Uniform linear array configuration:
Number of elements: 4
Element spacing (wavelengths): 0.5
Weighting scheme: cosine
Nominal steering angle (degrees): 45
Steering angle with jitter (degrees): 43.967
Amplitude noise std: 0.05
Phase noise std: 0.05

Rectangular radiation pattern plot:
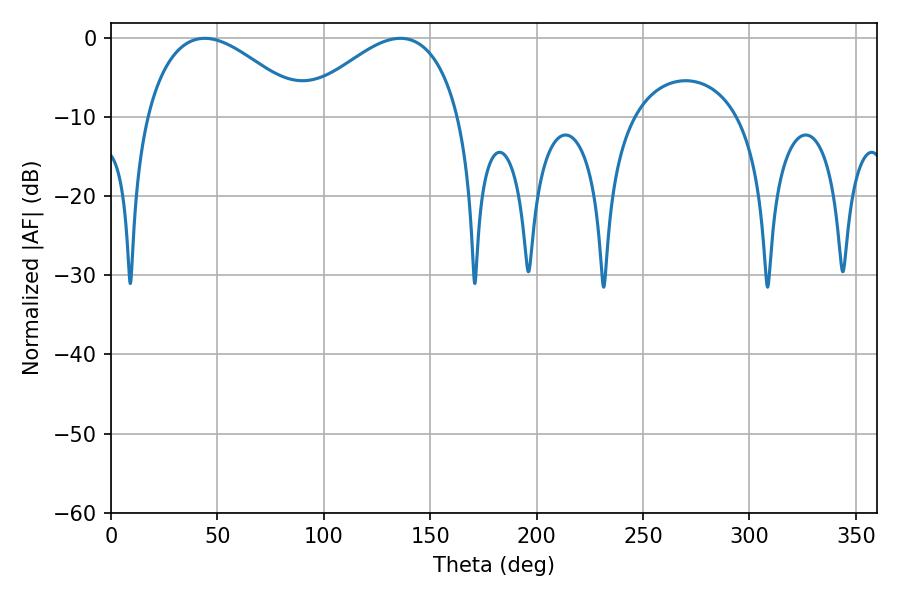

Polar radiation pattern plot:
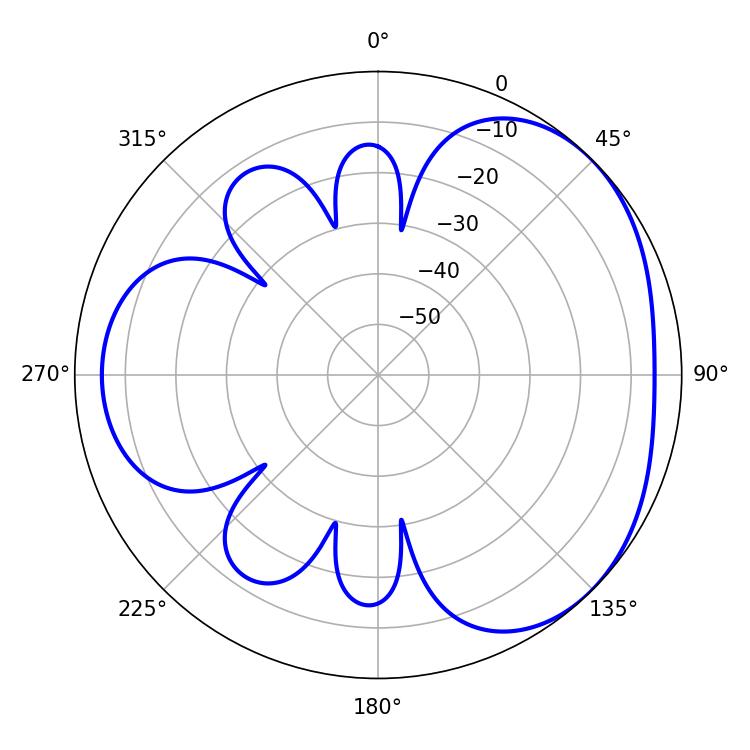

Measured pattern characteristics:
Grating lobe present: FALSE
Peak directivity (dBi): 3.383
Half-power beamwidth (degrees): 41.04
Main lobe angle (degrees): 44.1